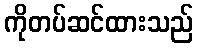
ကိုတပ်ဆင်ထားသည်